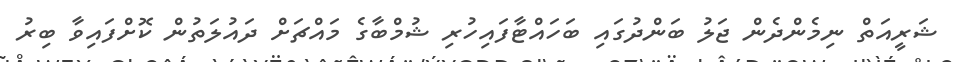
ޝަރީއަތް ނިމެންދެން ޖަލު ބަންދުގައި ބަހައްޓާފައިހުރި ޝުމްބާގެ މައްޗަށް ދައުލަތުން ކޮށްފައިވާ ބިރު